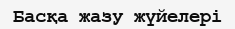
Басқа жазу жүйелері